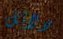
دلائل